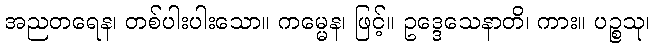
အညတရေန၊ တစ်ပါးပါးသော။ ကမ္မေန၊ ဖြင့်။ ဥဒ္ဒေသေနာတိ၊ ကား။ ပဉ္စသု၊